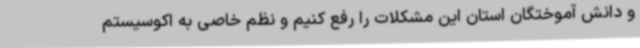
و دانش آموختگان استان این مشکلات را رفع کنیم و نظم خاصی به اکوسیستم